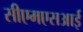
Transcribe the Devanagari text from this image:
सीएमएसआई